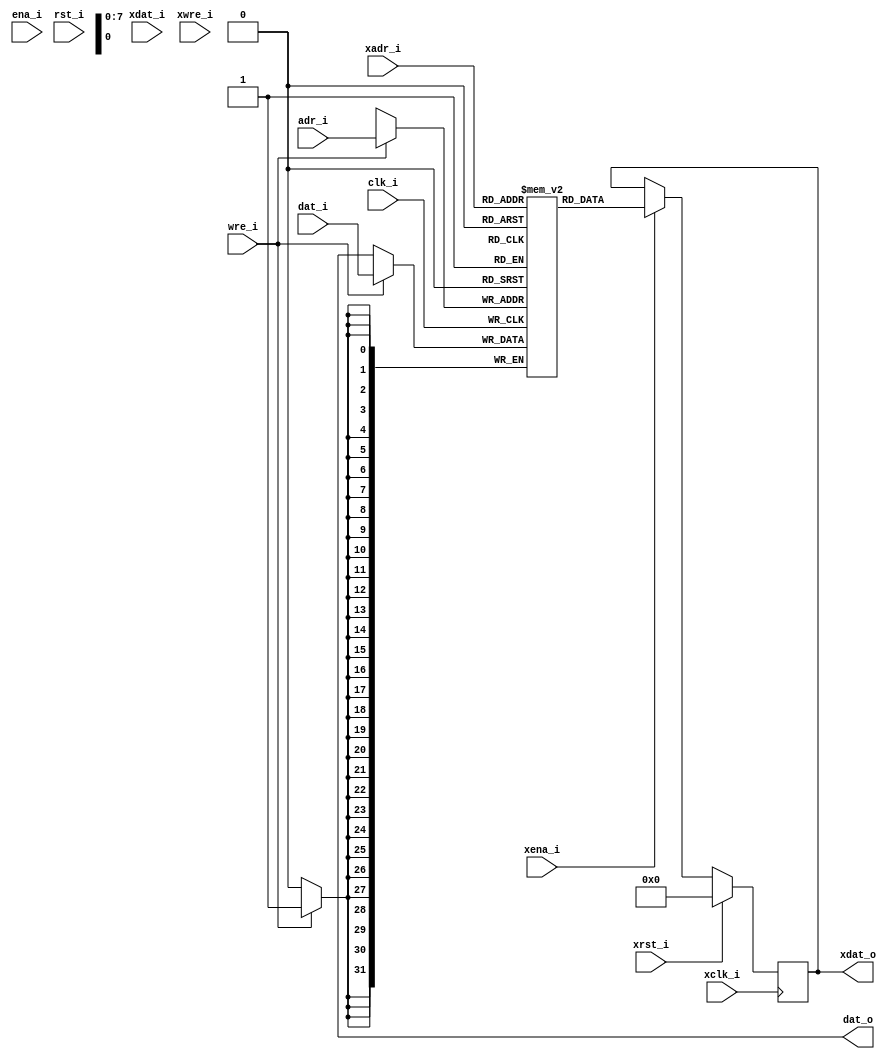
/* $Id: aeMB2_tpsram.v,v 1.3 2008-04-26 17:57:43 sybreon Exp $
** 
** AEMB2 EDK 6.2 COMPATIBLE CORE
** Copyright (C) 2004-2008 Shawn Tan <shawn.tan@aeste.net>
** 
** This file is part of AEMB.
**
** AEMB is free software: you can redistribute it and/or modify it
** under the terms of the GNU Lesser General Public License as
** published by the Free Software Foundation, either version 3 of the
** License, or (at your option) any later version.
**
** AEMB is distributed in the hope that it will be useful, but WITHOUT
** ANY WARRANTY; without even the implied warranty of MERCHANTABILITY
** or FITNESS FOR A PARTICULAR PURPOSE.  See the GNU Lesser General
** Public License for more details.
**
** You should have received a copy of the GNU Lesser General Public
** License along with AEMB. If not, see <http:**www.gnu.org/licenses/>.
*/
/** 
 * @file aeMB2_tpsram.v
 * @brief On-chip two-port synchronous SRAM. 

 * Port A is used for writing and port B is used for reading
 * ONLY. Output buffers are cleared during reset. NOTE: Quartus
 * (<=7.2) does not infer a correct SYNCRAM block with read enable.

 */
`timescale  1ns/1ps
module aeMB2_tpsram (/*AUTOARG*/
   // Outputs
   dat_o, xdat_o,
   // Inputs
   adr_i, dat_i, wre_i, ena_i, rst_i, clk_i, xadr_i, xdat_i, xwre_i,
   xena_i, xrst_i, xclk_i
   ) ;
   parameter AW = 8; // 256
   parameter DW = 32; // x32

   // PORT A - WRITE
   output [DW-1:0] dat_o;  
   input [AW-1:0]  adr_i;
   input [DW-1:0]  dat_i;
   input 	   wre_i,		   
		   ena_i,
		   rst_i,
		   clk_i;
   
   // PORT X - READ
   output [DW-1:0] xdat_o;  
   input [AW-1:0]  xadr_i;
   input [DW-1:0]  xdat_i;
   input 	   xwre_i,
		   xena_i,
		   xrst_i,
		   xclk_i;     
   
   /*AUTOREG*/
   // Beginning of automatic regs (for this module's undeclared outputs)
   reg [DW-1:0]		xdat_o;
   // End of automatics
   reg [DW:1] 		rRAM [(1<<AW)-1:0];
   reg [AW:1] 		rADR;
   
   always @(posedge clk_i)    
     if (wre_i) rRAM[adr_i] <= #1 dat_i;	    
   
   always @(posedge xclk_i)
     if (xrst_i)
       /*AUTORESET*/
       // Beginning of autoreset for uninitialized flops
       xdat_o <= {(1+(DW-1)){1'b0}};
       // End of automatics
     else if (xena_i) 
       xdat_o <= #1 rRAM[xadr_i];   
   
   assign 		dat_o = {(DW){1'bX}}; // tieoff unused outputs
   
   // --- SIMULATION ONLY ------------------------------------
   // synopsys translate_off
   integer i;
   initial begin
      for (i=0; i<(1<<AW); i=i+1) begin
	 rRAM[i] <= $random;	 
      end
   end
   // synopsys translate_on
   
endmodule // aeMB2_tpsram

/*
 $Log: not supported by cvs2svn $
 Revision 1.2  2008/04/26 01:09:06  sybreon
 Passes basic tests. Minor documentation changes to make it compatible with iverilog pre-processor.

 Revision 1.1  2008/04/20 16:33:39  sybreon
 Initial import.
*/